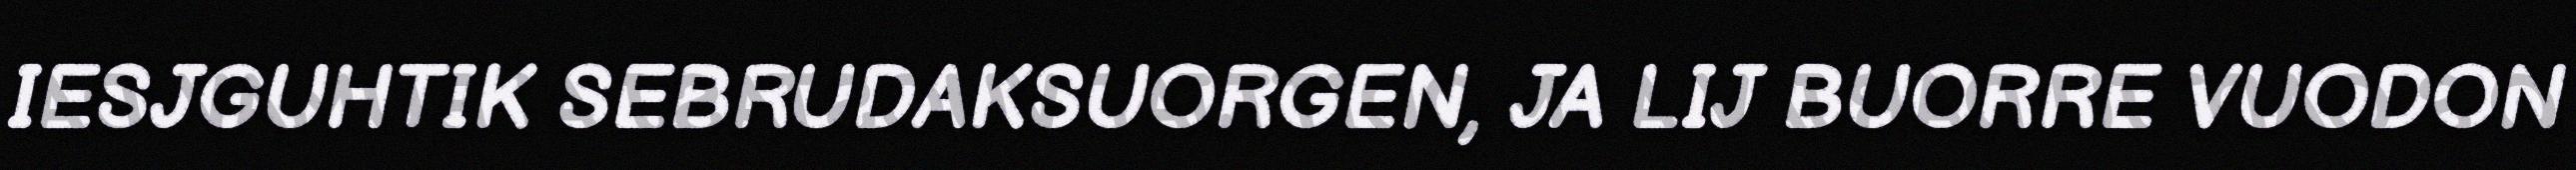
IESJGUHTIK SEBRUDAKSUORGEN, JA LIJ BUORRE VUODON